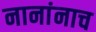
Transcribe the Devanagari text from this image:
नानांनाच